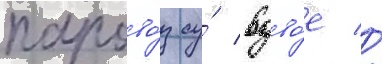
парово́з су́ вдво́е //